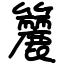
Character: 籭